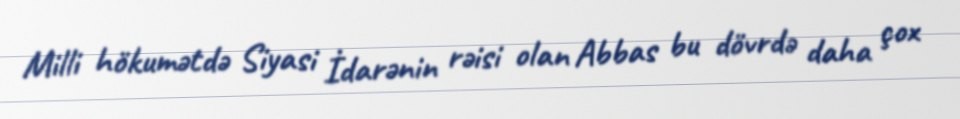
Milli hökumətdə Siyasi İdarənin rəisi olan Abbas bu dövrdə daha çox